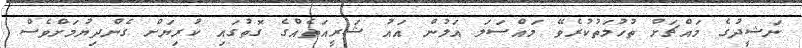
ނަޝީދުގެ މައްޗަށް ތުހުމަތުކުރެވޭ މައްސަލަ އަލުން އައު ޝަރީއަތެއްގެ ގޮތުގައި ކުރިޔަށް ގެންދިޔުމަށްވެސް